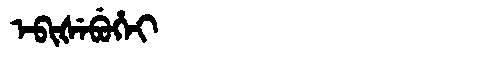
Manchu: ᡝᠪᡳᡧᡝᠪᡠᡥᡝᡳ
Romanization: EBIŠEBUHEI